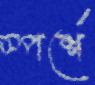
স্পর্শে